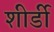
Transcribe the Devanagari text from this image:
शीर्डी